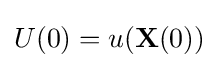
U(0)=u(\mathbf {X} (0))